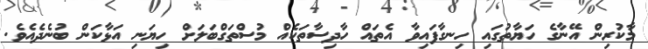
މާކުރިން އޭނާގެ ހަޔާތުގައި ހިނގާފައިވާ އެތައް ހާދިސާތަކެއް މުސްތަގްބަލަށް ހިޔަނި އަޅާކަން ބުނެދެއެވެ.